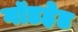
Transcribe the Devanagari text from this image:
गॉडहेड